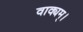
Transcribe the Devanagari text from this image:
वाक्यम्।